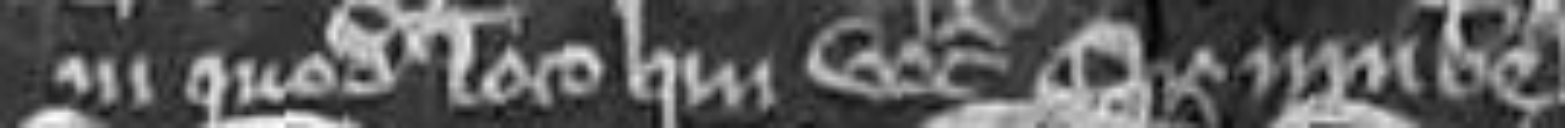
in quodam loco qui vocatur Casumbel